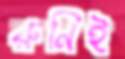
রুনিই